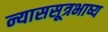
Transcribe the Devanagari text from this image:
न्याससूत्रभाष्य